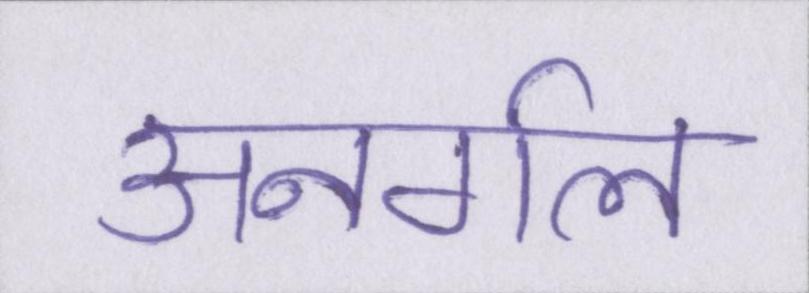
अनर्गल